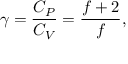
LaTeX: \gamma = { \frac { C _ { P } } { C _ { V } } } = { \frac { f + 2 } { f } } ,